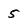
Character: 5